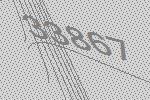
33867